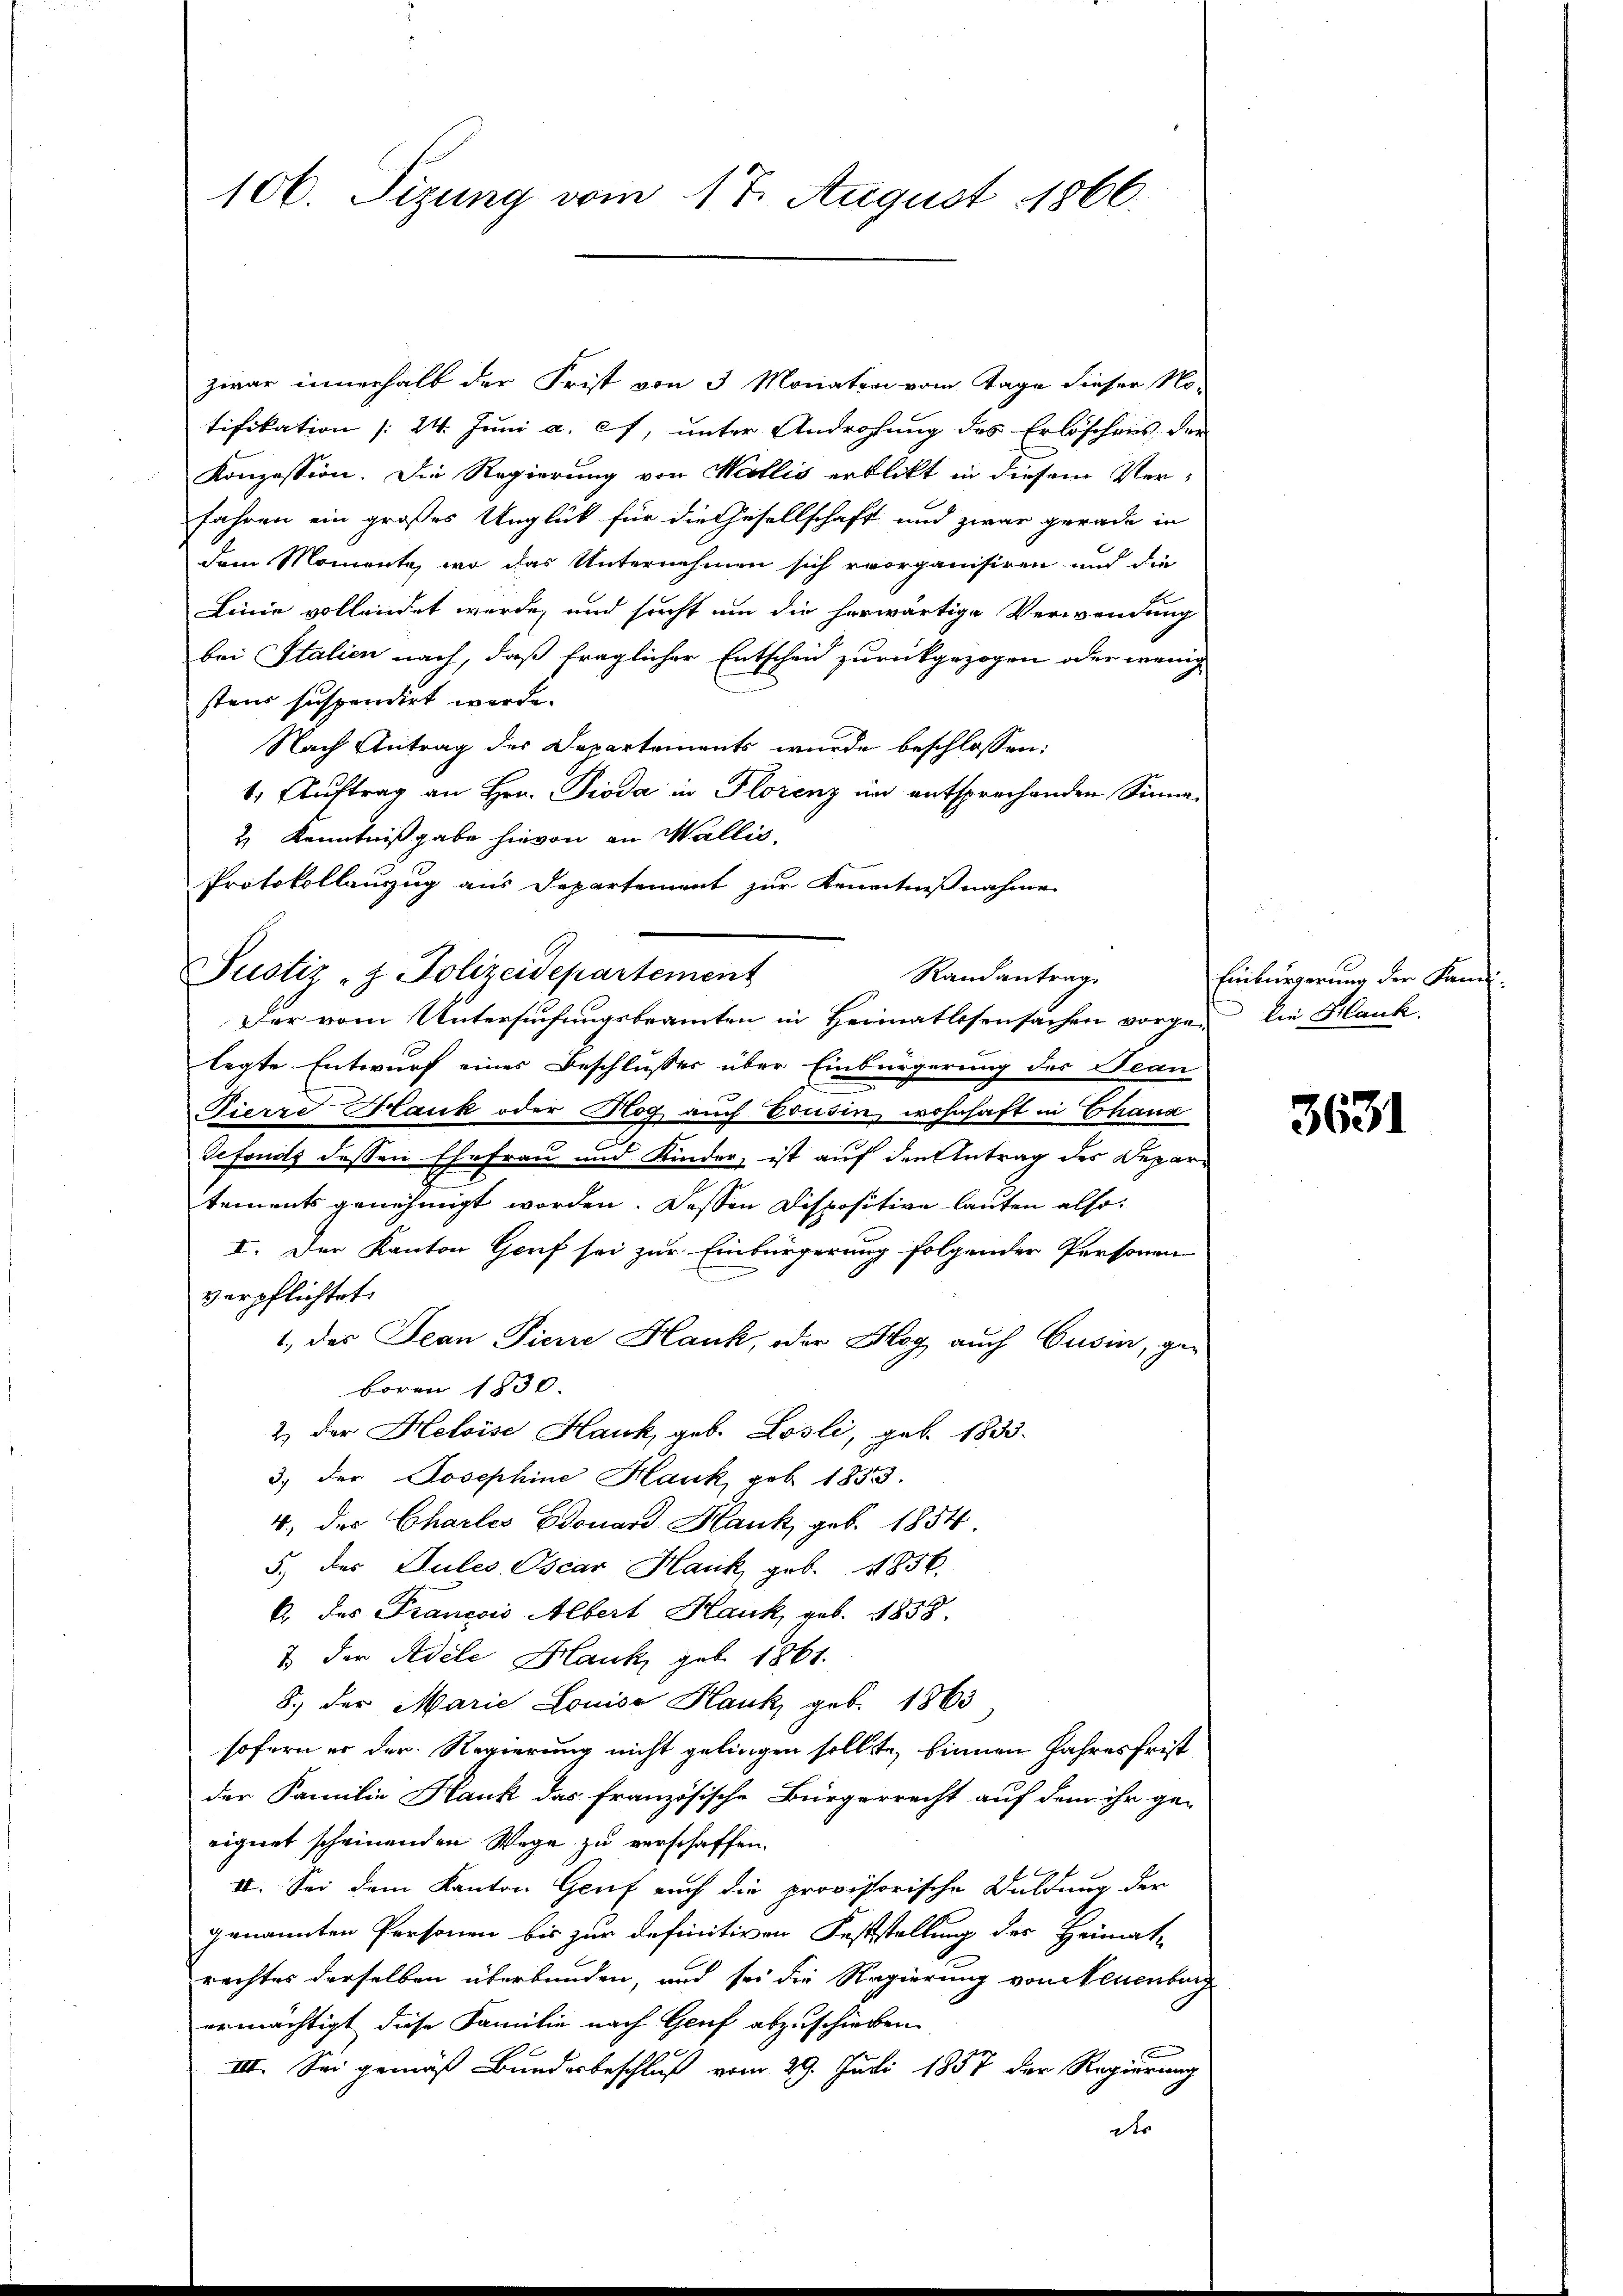
106. Sizung vom 17. August 1866.

zwar innerhalb der Frist von 3 Monaten vom Tage dieser Notifikation (24. Juni a. c., unter Androhung des Erlöschens der
Konzession. Die Regierung von Mellis erblickt in diesem Verfahren ein großes Unglück für die Gesellschaft und zwar gerade in
dem Momente, wo das Unternehmen sich vorganisiren und die
Linie vollendet werde, und sucht um die herwärtige Verwendung
bei Italien nach, daß fraglicher Entscheid zurückgezogen oder wenig
stens suspendirt werde.
Nach Antrag des Departements wurde beschlossen:
1. Auftrag an Hrn. Pioda in Florenz in entsprechenden Sinne
2 Kenntnißgabe hievon an Wallis,
Protokollauzug aus Departement zur Kenntnißnahme
Justiz - Polizeidepartement
Der vom Untersuchungsbeamten in Heimatlosensachen vorgen die Hank.
legte Entwurf eines Beschlusses über Einbürgerung des Jean
Pierre Hank oder Hog auch Erusin, wohnhaft in Chang
Sefonds dessen Ehefrau und Kinder, ist auf den Antrag des Departements genehmigt worden. Dessen Dispositive lauten also:
I. Der Kanton Genf sei zur Einbürgerung folgender Personen
verpflichtet.
1, der Jean Pierre Hank, oder Mag auch Cusin, ge¬
Boren 1830.
2) der Heloise Hauk, geb. Losli, geb. 1833.
3. der Josephine Hauk, geb. 1833.
4., der Charles Edouard Hauk, geb. 1854
5.) des Pules Oscar Hauk, geb. 1856.
b. des Francois Albert Hauk, geb. 1858.
& der Adele Hauk, geb. 1861.
8.) der Marie Louise Hauk, geb. 1863
sofern er der Regierung nicht gelingen sollte, binnen Jahresfrist
der Familie Hank das französische Bürgerrecht auf dem ihr ge-
eignet scheinenden Wege zu verschaffen.
II. Sei dem Kanton Genf auch die provisorische Duldung der
genannten Personen bis zur definitiven Feststellung des Heimat-
rechtes derselben überbunden, und sei die Regierung von Neuenburg
ermächtigt diese Familie nach Genf abzuschieben.
III. Sei gemäß Bundesbeschluß vom 29. Juli 1857 der Regierung
der

Randantrag

Einbürgerung der Kan¬

3631